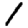
Digit: 1